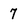
Character: 7